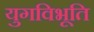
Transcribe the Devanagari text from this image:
युगविभूति